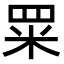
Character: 䍘